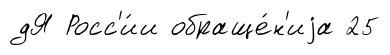
дЯ Росс'и́и обраще́н'иjа 25